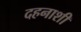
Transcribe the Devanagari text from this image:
दहनाशी